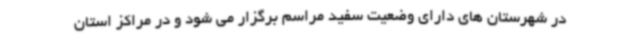
در شهرستان های دارای وضعیت سفید مراسم برگزار می شود و در مراکز استان